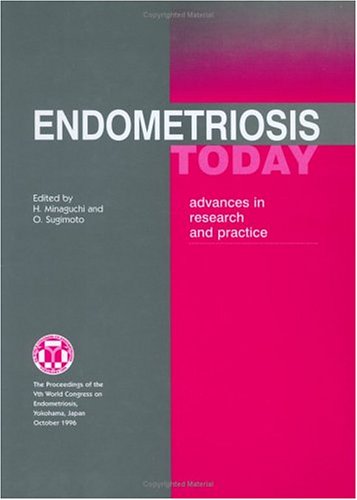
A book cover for Endometriosis Today: Advances in Research and Practice (International Congress, Symposium, and Seminar Series); Health, Fitness & Dieting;